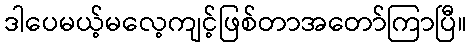
ဒါပေမယ့်မလေ့ကျင့်ဖြစ်တာအတော်ကြာပြီ။